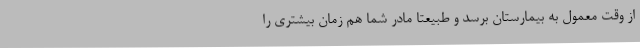
از وقت معمول به بیمارستان برسد و طبیعتا مادر شما هم زمان بیشتری را